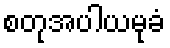
စတုအပါယမုခံ